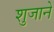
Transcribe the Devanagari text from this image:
शुजाने